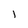
Character: l